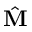
\hat { \textbf { M } }